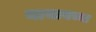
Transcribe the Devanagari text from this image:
नाचायच्या